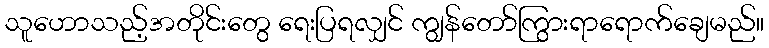
သူဟောသည့်အတိုင်းတွေ ရေးပြရလျှင် ကျွန်တော်ကြွားရာရောက်ချေမည်။